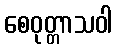
စေဝုတ္တာသဝါ